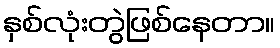
နှစ်လုံးတွဲဖြစ်နေတာ။